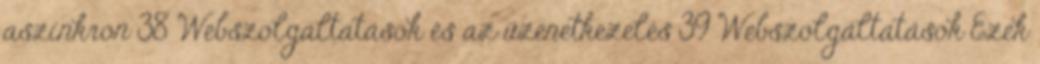
aszinkron 38 Webszolgáltatások és az üzenetkezelés 39 Webszolgáltatások Ezek